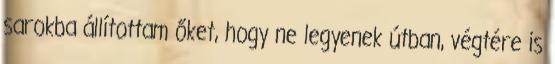
sarokba állítottam őket, hogy ne legyenek útban, végtére is